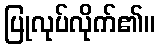
ပြုလုပ်လိုက်၏။